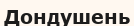
Дондушень